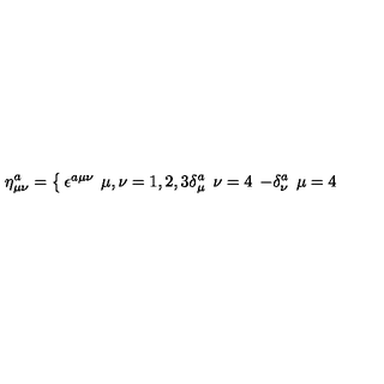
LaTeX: \eta _ { \mu \nu } ^ { a } = \left\{ \begin{matrix} { \epsilon ^ { a \mu \nu } \: } & { } & { \mu , \nu = 1 , 2 , 3 } \\ { \delta _ { \mu } ^ { a } \: } & { } & { \: \nu = 4 \: \: } \\ { - \delta _ { \nu } ^ { a } \: } & { } & { \: \mu = 4 \: \: } \\ \end{matrix} \right.